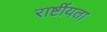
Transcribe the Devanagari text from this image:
राष्टींयता